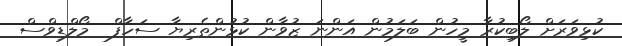
ކުޅިވަރަށް ލޯބިކުރާ މީހުން ބަލަމުން އަންނަ ޒުވާން ކުޅުންތެރިޔާ ސަހާފް  މޯލްޑިވްސް